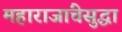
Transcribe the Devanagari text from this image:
महाराजांचेसुद्धा